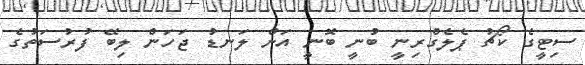
ސިޓީގެ ކޯޗު ޕެލެގްރިނީ ބުނީ ބޮނީ އަށް ލަނޑު ޖަހަން ލިބޭ ފުރުސަތުގެ